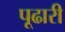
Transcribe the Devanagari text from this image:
पूढारी